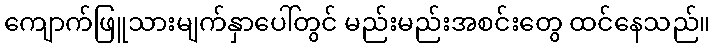
ကျောက်ဖြူသားမျက်နှာပေါ်တွင် မည်းမည်းအစင်းတွေ ထင်နေသည်။